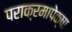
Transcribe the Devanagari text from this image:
पराक्रमापेक्षा